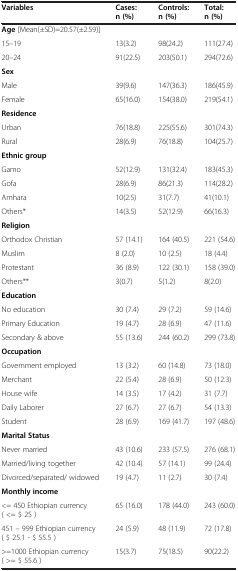
<table><thead><tr><td><b>Variables</b></td><td><b>Cases: n (%)</b></td><td><b>Controls: n (%)</b></td><td><b>Total: n (%)</b></td></tr></thead><tbody><tr><td><b>Age</b> [Mean(±SD)=20.57(±2.59)]</td><td> </td><td> </td><td> </td></tr><tr><td>15–19</td><td>13(3.2)</td><td>98(24.2)</td><td>111(27.4)</td></tr><tr><td>20–24</td><td>91(22.5)</td><td>203(50.1)</td><td>294(72.6)</td></tr><tr><td><b>Sex</b></td><td> </td><td> </td><td> </td></tr><tr><td>Male</td><td>39(9.6)</td><td>147(36.3)</td><td>186(45.9)</td></tr><tr><td>Female</td><td>65(16.0)</td><td>154(38.0)</td><td>219(54.1)</td></tr><tr><td><b>Residence</b></td><td> </td><td> </td><td> </td></tr><tr><td>Urban</td><td>76(18.8)</td><td>225(55.6)</td><td>301(74.3)</td></tr><tr><td>Rural</td><td>28(6.9)</td><td>76(18.8)</td><td>104(25.7)</td></tr><tr><td><b>Ethnic group</b></td><td> </td><td> </td><td> </td></tr><tr><td>Gamo</td><td>52(12.9)</td><td>131(32.4)</td><td>183(45.3)</td></tr><tr><td>Gofa</td><td>28(6.9)</td><td>86(21.3)</td><td>114(28.2)</td></tr><tr><td>Amhara</td><td>10(2.5)</td><td>31(7.7)</td><td>41(10.1)</td></tr><tr><td>Others*</td><td>14(3.5)</td><td>52(12.9)</td><td>66(16.3)</td></tr><tr><td><b>Religion</b></td><td> </td><td> </td><td> </td></tr><tr><td>Orthodox Christian</td><td>57 (14.1)</td><td>164 (40.5)</td><td>221 (54.6)</td></tr><tr><td>Muslim</td><td>8 (2.0)</td><td>10 (2.5)</td><td>18 (4.4)</td></tr><tr><td>Protestant</td><td>36 (8.9)</td><td>122 (30.1)</td><td>158 (39.0)</td></tr><tr><td>Others**</td><td>3(0.7)</td><td>5(1.2)</td><td>8(2.0)</td></tr><tr><td><b>Education</b></td><td> </td><td> </td><td> </td></tr><tr><td>No education</td><td>30 (7.4)</td><td>29 (7.2)</td><td>59 (14.6)</td></tr><tr><td>Primary Education</td><td>19 (4.7)</td><td>28 (6.9)</td><td>47 (11.6)</td></tr><tr><td>Secondary &amp; above</td><td>55 (13.6)</td><td>244 (60.2)</td><td>299 (73.8)</td></tr><tr><td><b>Occupation</b></td><td> </td><td> </td><td> </td></tr><tr><td>Government employed</td><td>13 (3.2)</td><td>60 (14.8)</td><td>73 (18.0)</td></tr><tr><td>Merchant</td><td>22 (5.4)</td><td>28 (6.9)</td><td>50 (12.3)</td></tr><tr><td>House wife</td><td>14 (3.5)</td><td>17 (4.2)</td><td>31 (7.7)</td></tr><tr><td>Daily Laborer</td><td>27 (6.7)</td><td>27 (6.7)</td><td>54 (13.3)</td></tr><tr><td>Student</td><td>28 (6.9)</td><td>169 (41.7)</td><td>197 (48.6)</td></tr><tr><td><b>Marital Status</b></td><td> </td><td> </td><td> </td></tr><tr><td>Never married</td><td>43 (10.6)</td><td>233 (57.5)</td><td>276 (68.1)</td></tr><tr><td>Married/living together</td><td>42 (10.4)</td><td>57 (14.1)</td><td>99 (24.4)</td></tr><tr><td>Divorced/separated/ widowed</td><td>19 (4.7)</td><td>11 (2.7)</td><td>30 (7.4)</td></tr><tr><td><b>Monthly income</b></td><td> </td><td> </td><td> </td></tr><tr><td>&lt;= 450 Ethiopian currency ( &lt;= $ 25 )</td><td>65 (16.0)</td><td>178 (44.0)</td><td>243 (60.0)</td></tr><tr><td>451 – 999 Ethiopian currency ( $ 25.1 - $ 55.5 )</td><td>24 (5.9)</td><td>48 (11.9)</td><td>72 (17.8)</td></tr><tr><td>&gt;=1000 Ethiopian currency ( &gt;= $ 55.6 )</td><td>15(3.7)</td><td>75(18.5)</td><td>90(22.2)</td></tr></tbody></table>